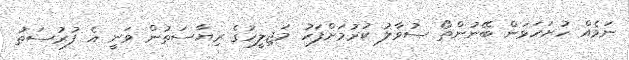
ނަމެއް ހުށަހަޅަން ބޭނުންތޯ ސުވާލު ކުރުމަށްފަހު މަޖިލީހުގެ ރިޔާސަތުން ވަނީ އެ ފުރުސަތު